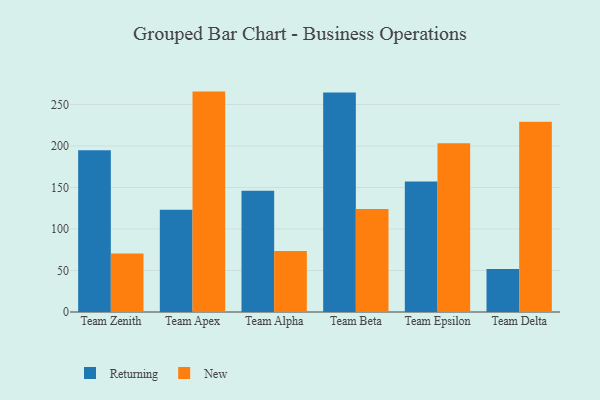
{"axis": {"x": "Team", "y": "Latency (ms)"}, "legend": ["New", "Returning"], "data": [{"x": "Team Zenith", "y": 194.8, "type": "Returning"}, {"x": "Team Zenith", "y": 70.6, "type": "New"}, {"x": "Team Apex", "y": 123.1, "type": "Returning"}, {"x": "Team Apex", "y": 265.5, "type": "New"}, {"x": "Team Alpha", "y": 146.2, "type": "Returning"}, {"x": "Team Alpha", "y": 73.5, "type": "New"}, {"x": "Team Beta", "y": 264.5, "type": "Returning"}, {"x": "Team Beta", "y": 124.0, "type": "New"}, {"x": "Team Epsilon", "y": 157.1, "type": "Returning"}, {"x": "Team Epsilon", "y": 203.3, "type": "New"}, {"x": "Team Delta", "y": 51.7, "type": "Returning"}, {"x": "Team Delta", "y": 229.3, "type": "New"}]}